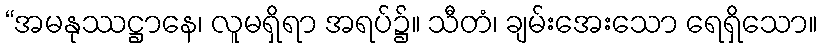
“အမနုဿဋ္ဌာနေ၊ လူမရှိရာ အရပ်၌။ သီတံ၊ ချမ်းအေးသော ရေရှိသော။